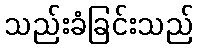
သည်းခံခြင်းသည်